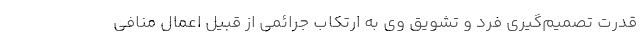
قدرت تصمیم‌گیری فرد و تشویق وی به ارتکاب جرائمی از قبیل اعمال منافی